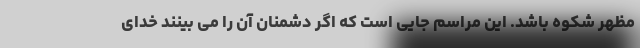
مظهر شکوه باشد. این مراسم جایی است که اگر دشمنان آن را می بینند خدای